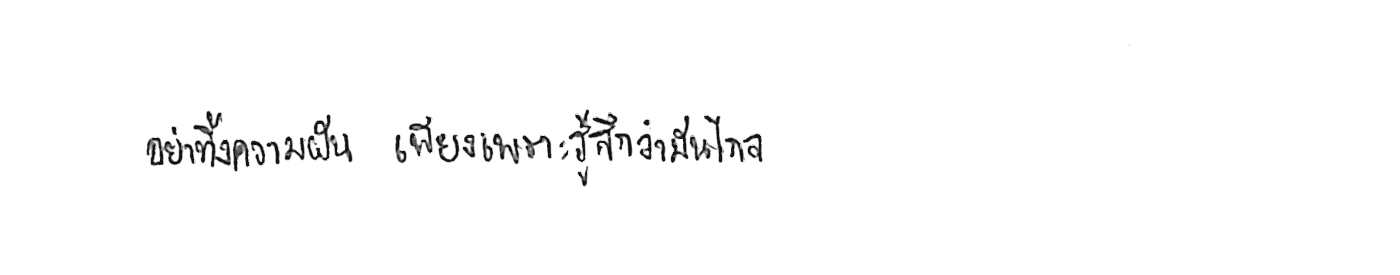
อย่าทิ้งความฝัน เพียงเพราะรู้สึกว่ามันไกล